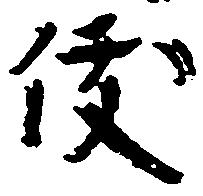
俊